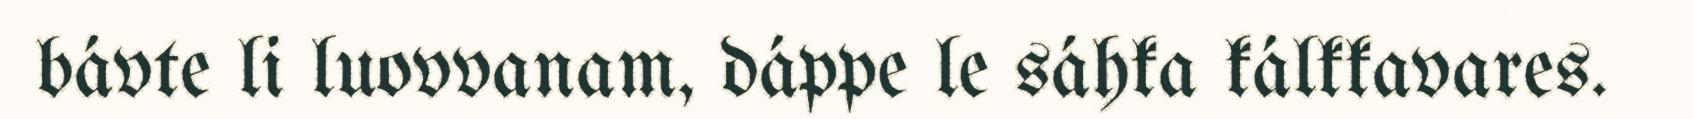
bávte li luovvanam, dáppe le sáhka kálkkavares.